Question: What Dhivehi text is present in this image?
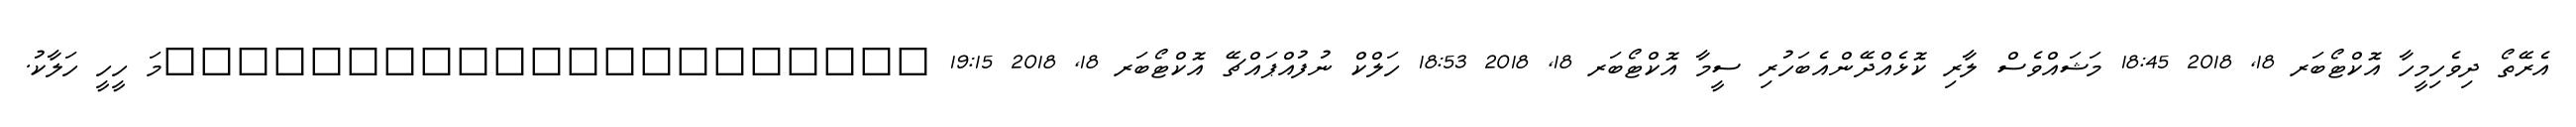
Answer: އެރޭތޯ ދިވެހިމީހާ އޮކްޓޯބަރ 18, 2018 18:45 މަޝައްވެސް ލާރި ކޮޅެއްދޭންއެބަހުރި ސީމާ އޮކްޓޯބަރ 18, 2018 18:53 ހަލްކް ނުފުއްޕައްޗޭ އޮކްޓޯބަރ 18, 2018 19:15 ?????????????????????މަ ހީހީ ހަލާކު.